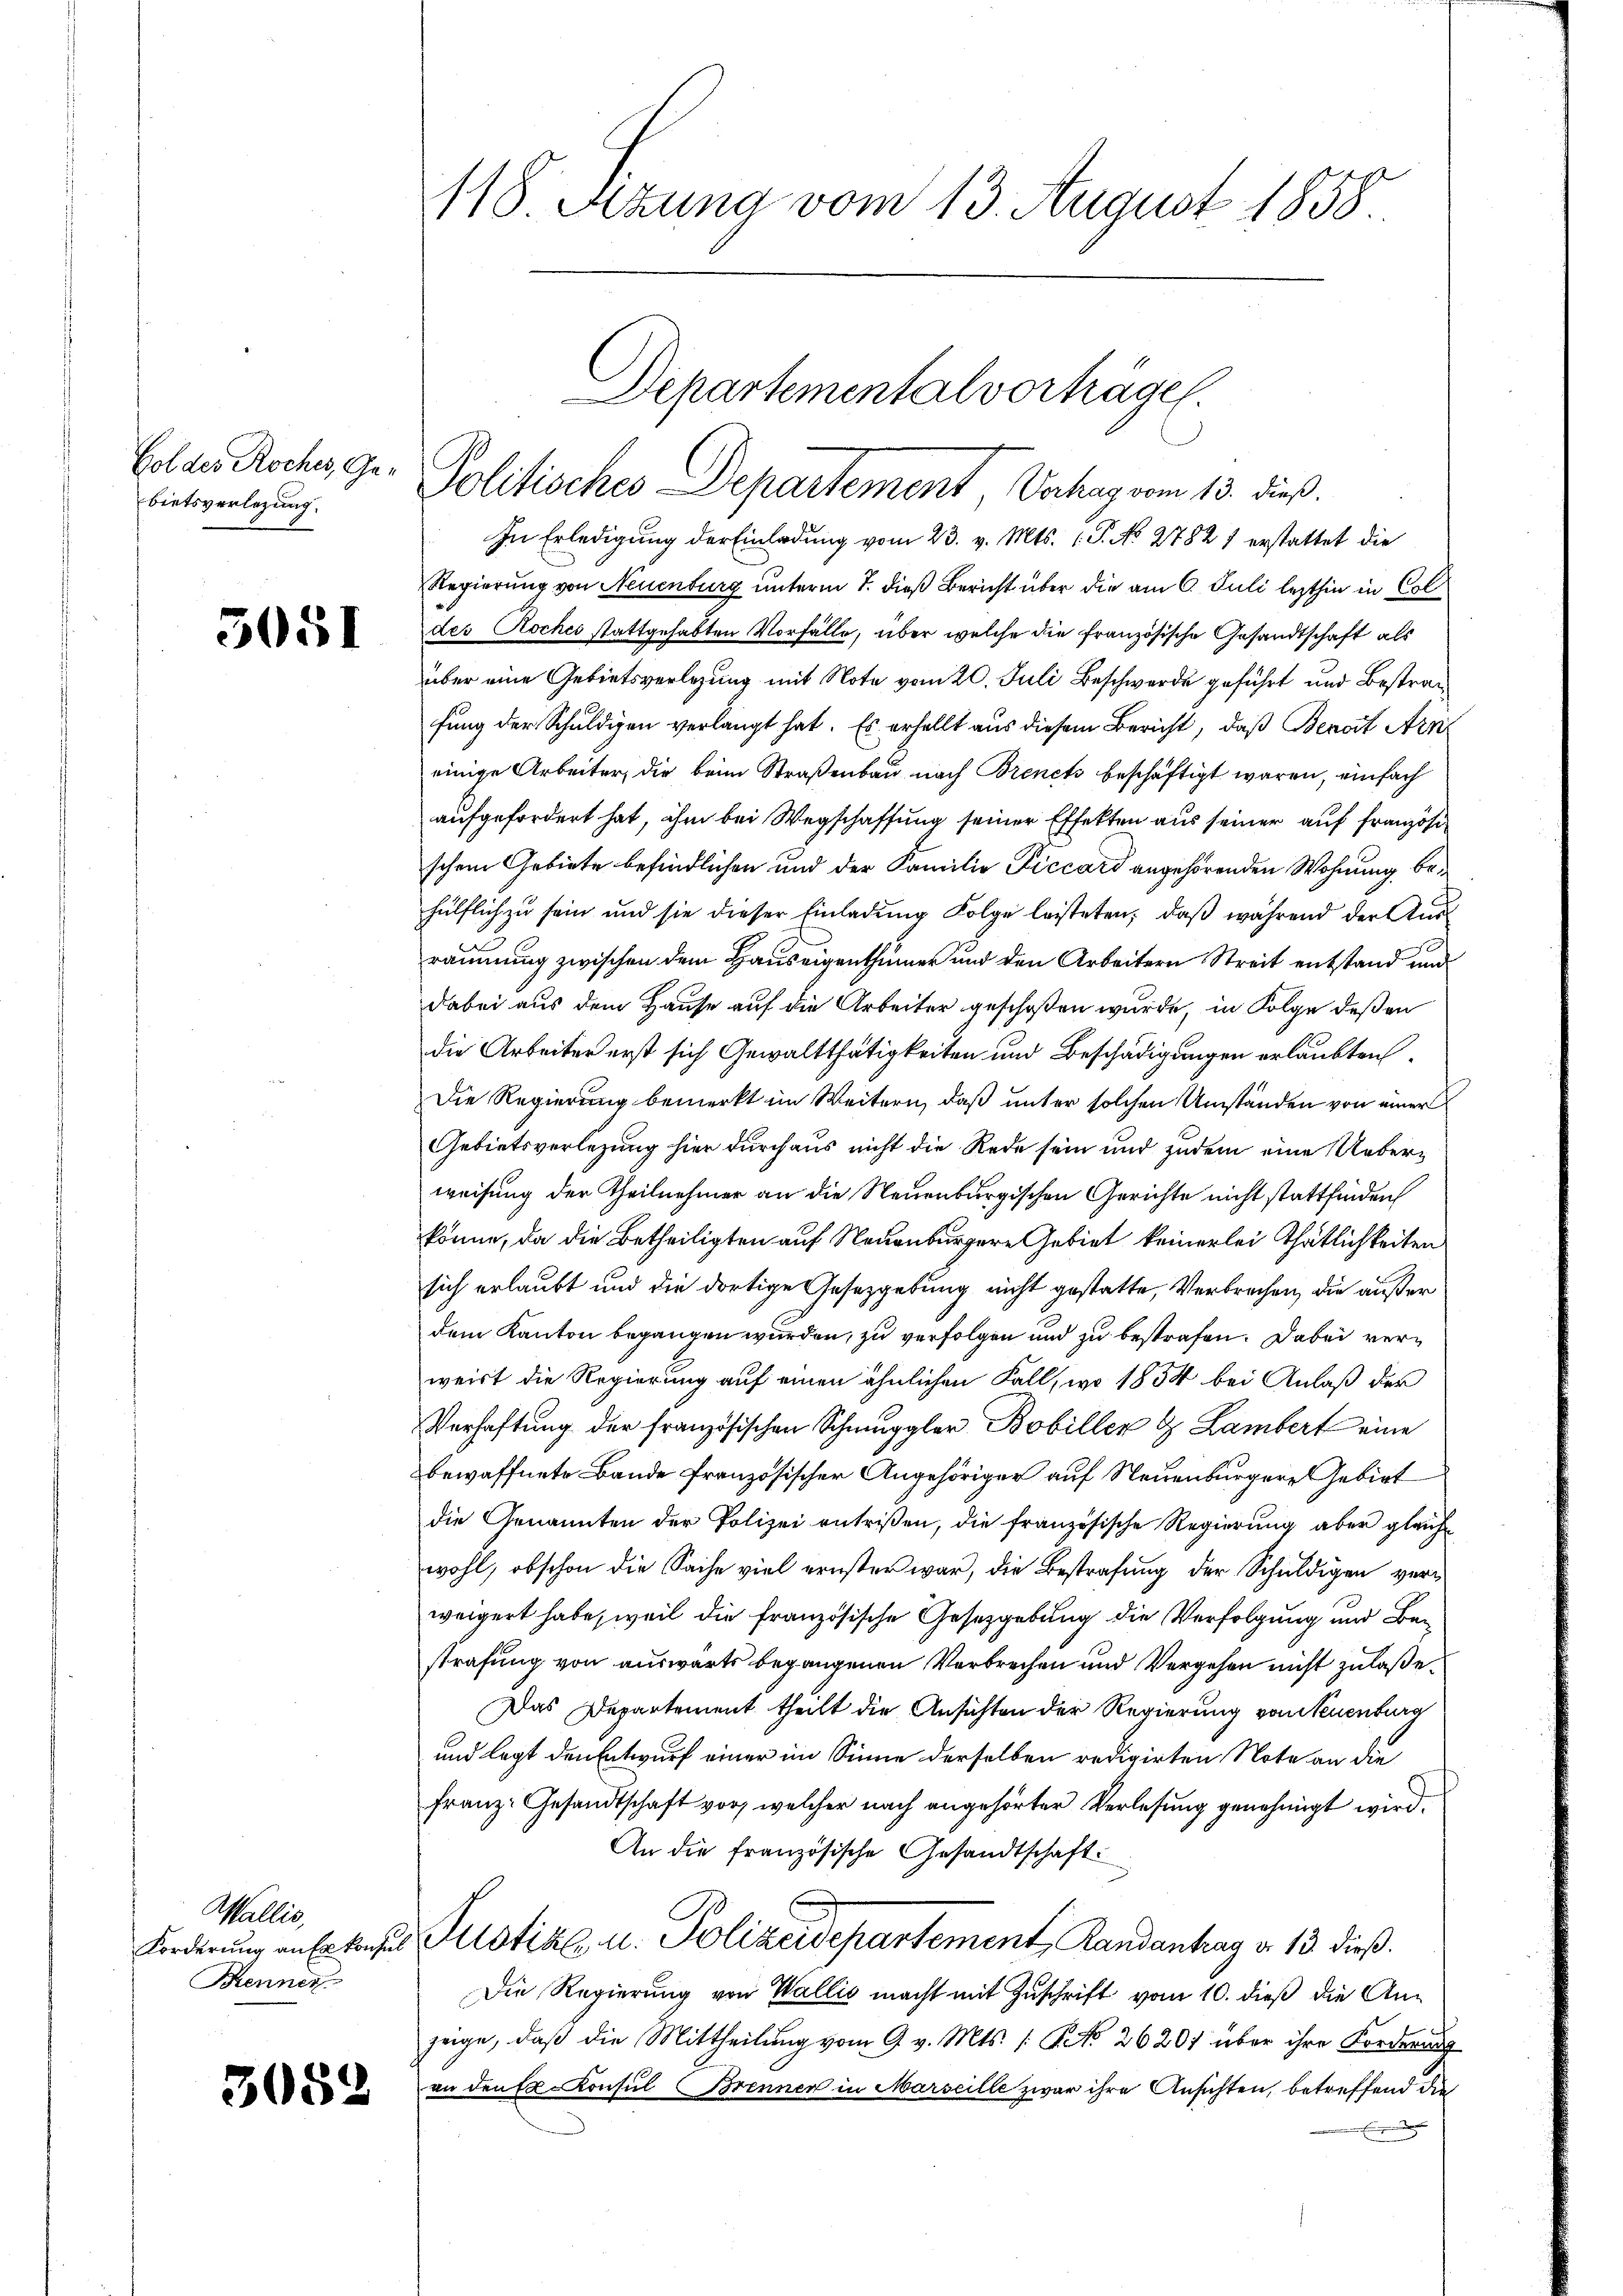
bietsverlegung.

3051

Wallis,
Brenner

3052

118 Sitzung vom 13. August 1858.

Departementalvorträge.
Golder Roches Gr. Politisches Departement, Vortrag vom 13. dieß.

In Erledigung der Einladung vom 23. v. Mts. 1. P. No 27827 erstattet die
Regierung von Neuenburg unterm 7. dieß Bericht über die am 6. Juli lezthin in Coldes Roches stattgehabten Vorfälle, über welche die französische Gesandtschaft als
über eine Gebietsverlegung mit Note vom 20. Juli Beschwerde geführt und Bestrafung der Schuldigen verlangt hat. Es erhellt aus diesem Bericht, daß Berat Arn
einige Arbeiter, die beim Straßenbau nach Brenets beschäftigt waren, einfach
aufgefordert hat, ihm bei Wegschaffung seiner Effekten aus seiner auf Französi
schen Gebiete befindlichen und der Familie Ficcard angehörenden Wohnung behülflich zu sein und sie dieser Einladung Folge leisteten; daß während der Ausräumung zwischen dem Hauseigenthümer und den Arbeitern Streit entstand und
dabei aus dem Hause auf die Arbeiter geschoßen wurde, in Folge deßen
die Arbeiter erst sich Gewaltthätigkeiten und Beschädigungen erlaubten
Die Regierung bemerkt im Weitern, daß unter solchen Umständen von einer
Gebietsverlegung hier durchaus nicht die Rede sein und zudem eine Ueberweisung der Theilnehmer an die Neuenburgischen Gerichte nicht stattfinden
könne, da die Betheiligten auf Neuenburgere Gebiet keinerlei Thätlichkeiten
sich erlaubt und die dortige Gesetzgebung nicht gestatte, Verbrechen, die außer
dem Kanton begangen wurden, zu verfolgen und zu bestrafen. Dabei verweist die Regierung auf einen ähnlichen Fall, wo 1834 bei Anlaß der
Verhaftung der französischen Schmuggler Bobiller & Lambert eine
bewaffnete Bande französischer Angehöriger auf Neuenburgere Gebiet
die Genannten der Polizei entrißen, die französische Regierung aber gleiche
wohl, obschon die Sache viel ernster war, die Bestrafung der Schuldigen verweigert habe, weil die französische Gesetzgebung die Verfolgung und Bestrafung von auswärts begangenen Verbrechen und Vergehen nicht zulaße.
Das Departement theilt die Ansichten der Regierung von Neuenburg
und legt den Entwurf einer im Sinne derselben redigirten Note an die
franz: Gesandtschaft vor, welcher nach angehörter Verlesung genehmigt wird.
An die französische Gesandtschaft.
Forderŭng an Erkensus Pilotial u. Polizeidepartement Randantrag v. 13. dieß.
Die Regierung von Wallis macht mit Zuschrift vom 10. dieß die Anzeige, daß die Mittheilung vom 9. v. Mts. [No 26201 über ihre Forderung
an den Konsul Brenner in Marseille zwar ihre Ansichten, betreffend die
E